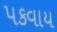
પકવાય